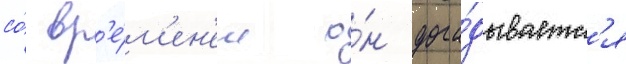
со́ вр'е́м'ен'ем о́н дога́дываетс'я